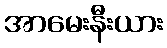
အာမေးနီးယား